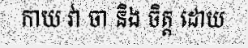
កាយ វា ចា និង ចិត្ត ដោយ